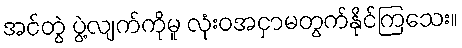
အင်တွဲ ပွဲ့လျက်ကိုမူ လုံးဝအငှာမတွက်နိုင်ကြသေး။